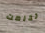
تخلصت